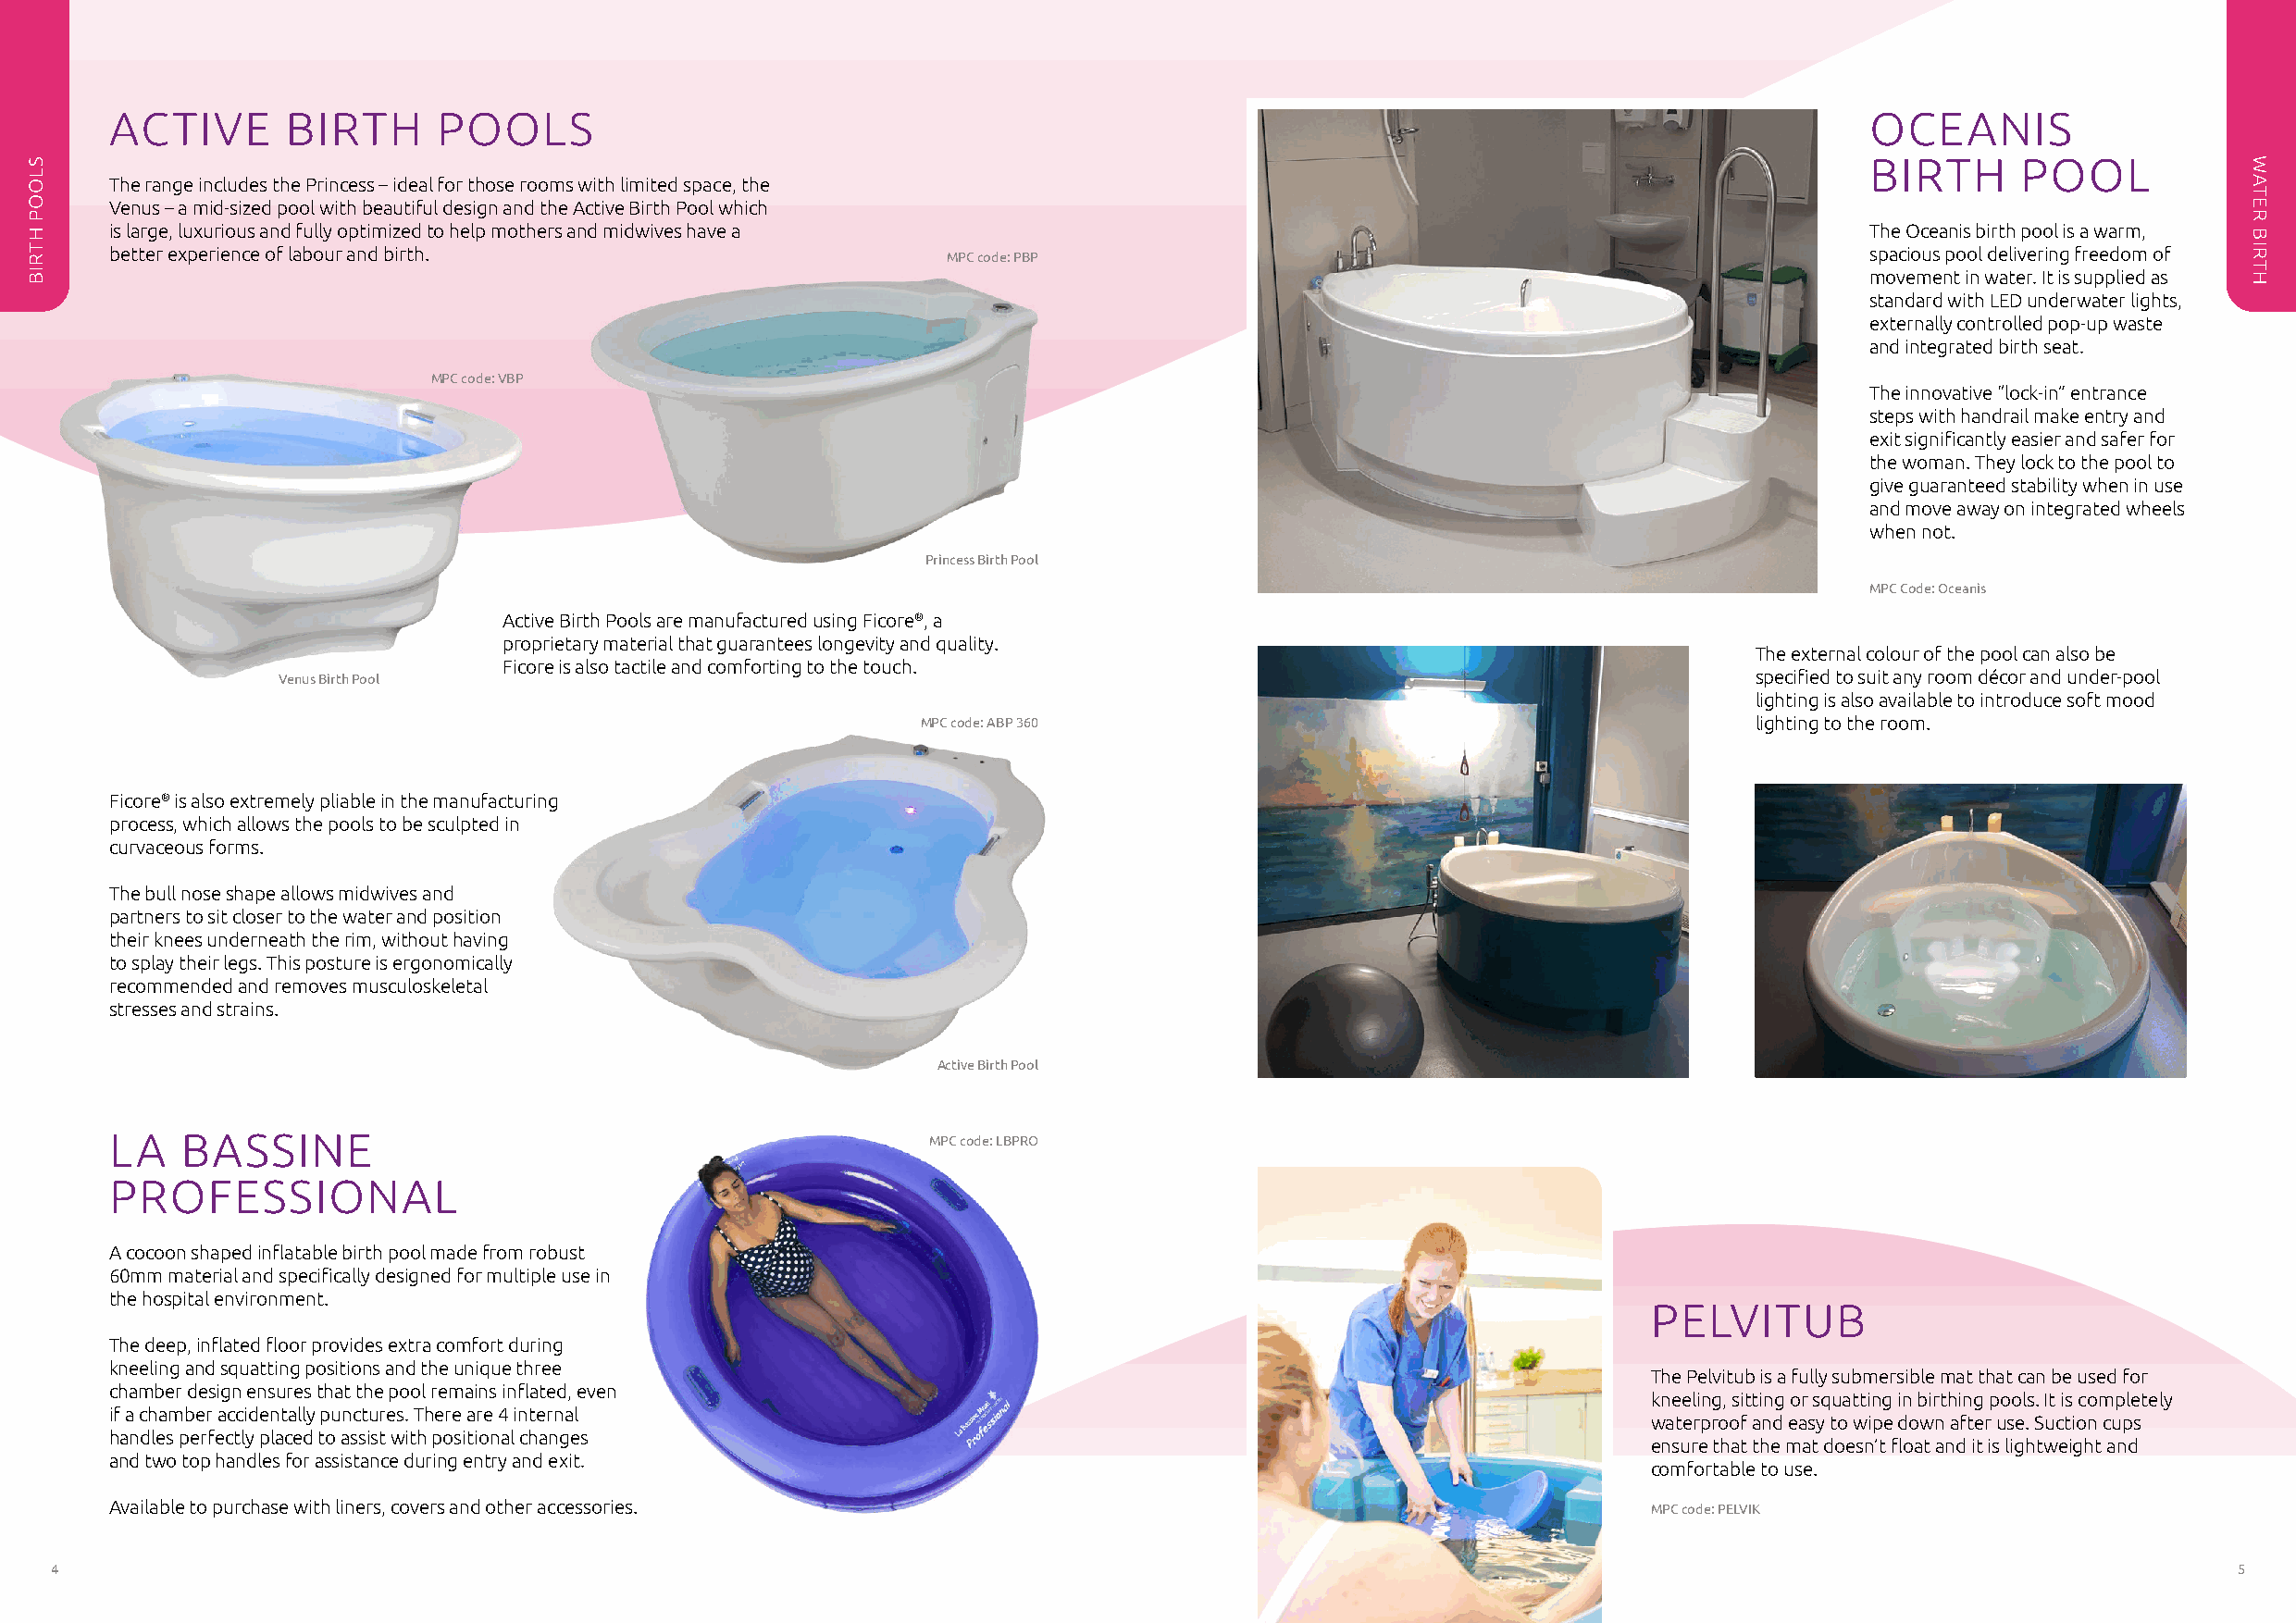
ACTIVE      BIRTH      POOLS                                                                                                  OCEANIS
 BIRTH      POOL
 The range includes the Princess – ideal for those rooms with limited space, the
 Venus – a mid-sized pool with beautiful design and the Active Birth Pool which
 is large, luxurious and fully optimized to help mothers and midwives have a                                                   The Oceanis birth pool is a warm,
 better experience of labour and birth.                                                                                        spacious pool delivering freedom of
 MPC code: PBP
 movement in water. It is supplied as
 standard with LED underwater lights,
 externally controlled pop-up waste
 and integrated birth seat.
 MPC code: VBP
 The innovative “lock-in” entrance
 steps with handrail make entry and
 exit significantly easier and safer for
 the woman. They lock to the pool to
 give guaranteed stability when in use
 and move away on integrated wheels
 when not.
 Princess Birth Pool
 MPC Code: Oceanis
 Active Birth Pools are manufactured using Ficore®, a
 proprietary material that guarantees longevity and quality.
 The external colour of the pool can also be
 Ficore is also tactile and comforting to the touch.
 Venus Birth Pool                                                                                          specified to suit any room décor and under-pool
 lighting is also available to introduce soft mood
 MPC code: ABP 360                                           lighting to the room.
 Ficore® is also extremely pliable in the manufacturing
 process, which allows the pools to be sculpted in
 curvaceous forms.
 The bull nose shape allows midwives and
 partners to sit closer to the water and position
 their knees underneath the rim, without having
 to splay their legs. This posture is ergonomically
 recommended and removes musculoskeletal
 stresses and strains.
 Active Birth Pool
 LA   BASSINE                                              MPC code: LBPRO
 PROFESSIONAL
 A cocoon shaped inflatable birth pool made from robust
 60mm material and specifically designed for multiple use in
 the hospital environment.
 PELVITUB
 The deep, inflated floor provides extra comfort during
 kneeling and squatting positions and the unique three
 The Pelvitub is a fully submersible mat that can be used for
 chamber design ensures that the pool remains inflated, even
 kneeling, sitting or squatting in birthing pools. It is completely
 if a chamber accidentally punctures. There are 4 internal
 waterproof and easy to wipe down after use. Suction cups
 handles perfectly placed to assist with positional changes
 ensure that the mat doesn’t float and it is lightweight and
 and two top handles for assistance during entry and exit.
 comfortable to use.
 Available to purchase with liners, covers and other accessories.                                              MPC code: PELVIK
 4                                                                                                                                                           5
 SLOOP
 HTRIB
 WATER
 BIRTH